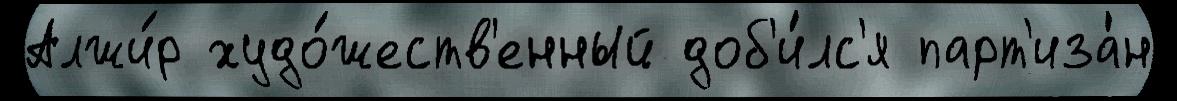
Алжи́р худо́жеств'енный доб'и́лс'я парт'иза́н